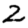
Digit: 2